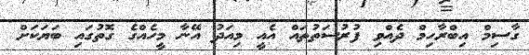
ގާސިމް އިބްރާހިމް ދެއްވި ފުރުސަތުތައް އެއީ މިއަދު އޭނާ މީހެއްގެ ގޮތުގައި ބަޔަކަށް